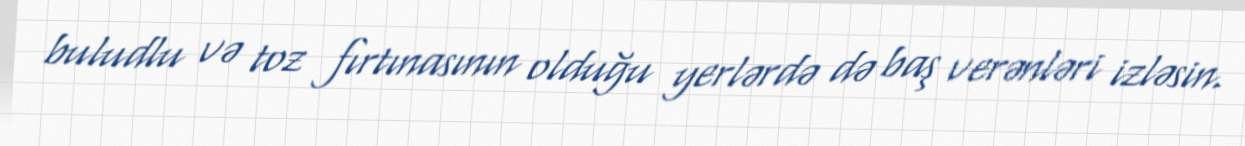
buludlu və toz fırtınasının olduğu yerlərdə də baş verənləri izləsin.